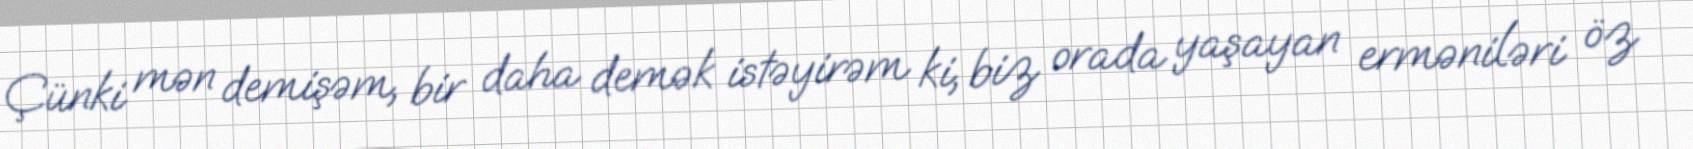
Çünki mən demişəm, bir daha demək istəyirəm ki, biz orada yaşayan erməniləri öz